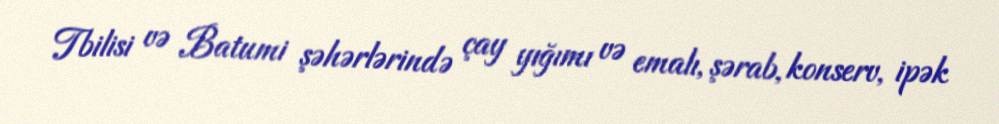
Tbilisi və Batumi şəhərlərində çay yığımı və emalı, şərab, konserv, ipək